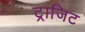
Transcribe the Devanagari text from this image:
ट्राजिट